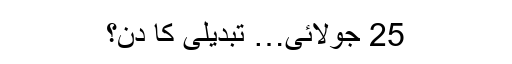
25 جولائی… تبدیلی کا دن؟